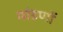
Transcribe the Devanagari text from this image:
मांडणों